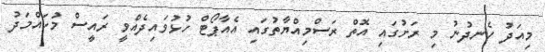
މިއަދު ހެނދުނު މި ރަށުގައި އޮތް ރަސްމިއްޔާތުގައި އެއާޕޯޓް ހުޅުވައިދެއްވީ ރައީސް މުހައްމަދު